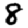
Digit: 8